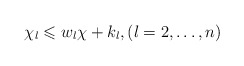
\begin{align*}\chi_l \leqslant w_l \chi + k_l, (l = 2,\dots, n)\end{align*}